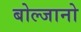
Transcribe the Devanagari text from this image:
बोल्जानो